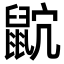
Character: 𪕎